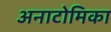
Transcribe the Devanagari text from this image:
अनाटोमिका